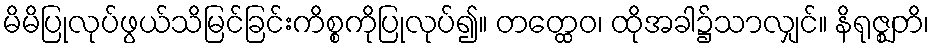
မိမိပြုလုပ်ဖွယ်သိမြင်ခြင်းကိစ္စကိုပြုလုပ်၍။ တတ္ထေဝ၊ ထိုအခါ၌သာလျှင်။ နိရုဇ္ဈတိ၊